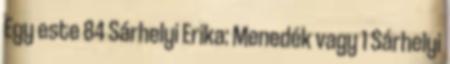
Egy este 84 Sárhelyi Erika: Menedék vagy 1 Sárhelyi